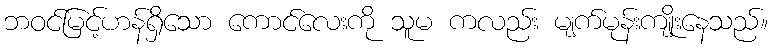
ဘဝင်မြင့်ဟန်ရှိသော ကောင်လေးကို သူမ ကလည်း မျက်မုန်းကျိုးနေသည်။